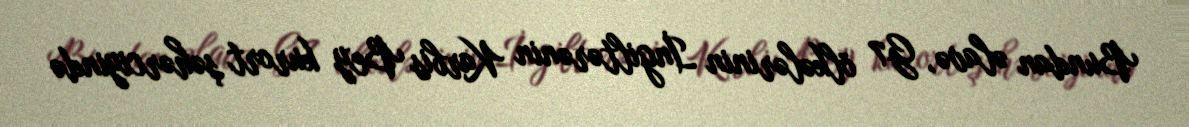
Bundan əlavə, G7 ölkələrinin İngiltərənin Karbis Bey kurort şəhərciyində